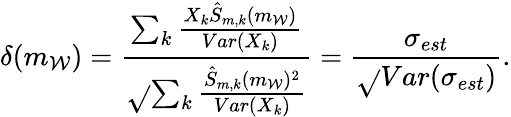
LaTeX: \delta(m_{\mathcal{W}})=\frac{{\sum_{k}\frac{{X_{k}\hat{{S}}_{m,k}(m_{\mathcal{W}})}}{{Var(X_{k})}}}}{{\sqrt{}{{\sum_{k}\frac{{\hat{{S}}_{m,k}(m_{\mathcal{W}})^{2}}}{{Var(X_{k})}}}}}}=\frac{{\sigma_{est}}}{{\sqrt{}{{Var(\sigma_{est})}}}}.